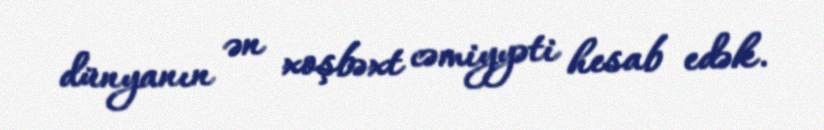
dünyanın ən xoşbəxt cəmiyyəti hesab edək.